Language: tamil
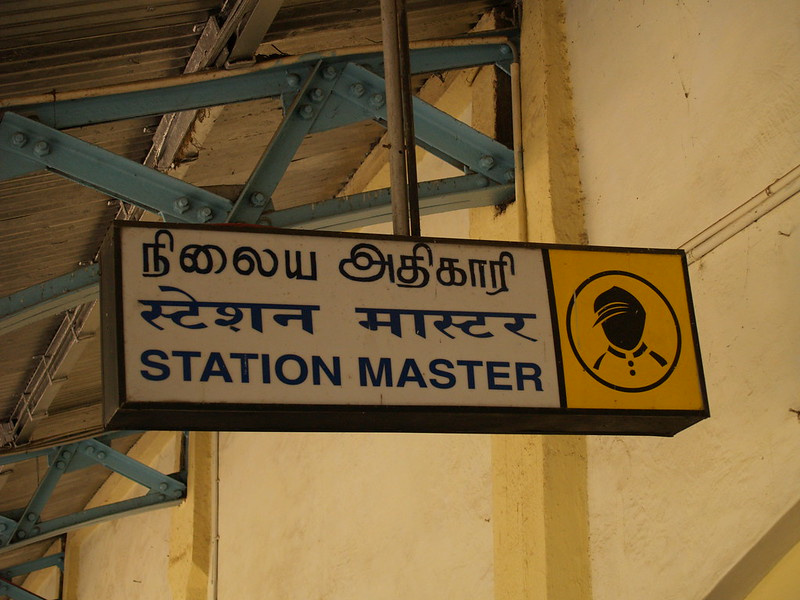
Transcription: நிலைய அதிகாரி